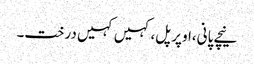
نیچے پانی،اوپر پل،کہیں کہیں درخت۔